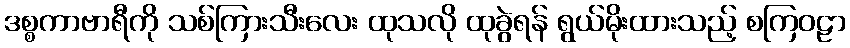
ဒစ္စကာဗာရီကို သစ်ကြားသီးလေး ထုသလို ထုခွဲရန် ရွယ်မိုးထားသည့် စကြဝဠာ